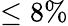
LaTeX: \leq 8\%